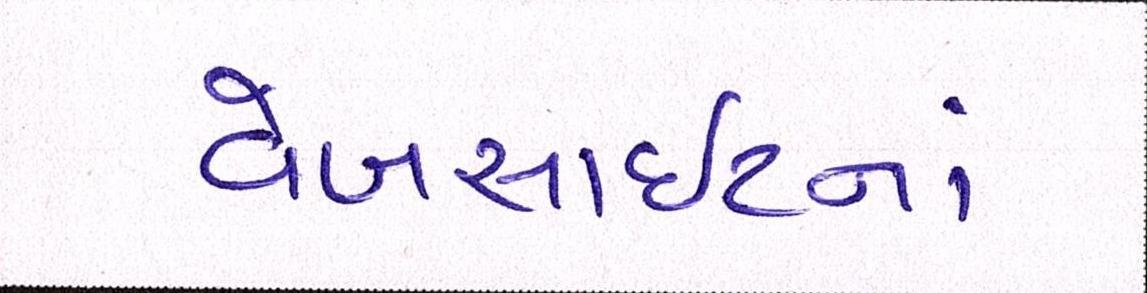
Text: વેબસાઈટનાં